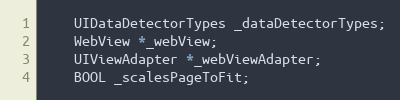
Language: C
    UIDataDetectorTypes _dataDetectorTypes;
    WebView *_webView;
    UIViewAdapter *_webViewAdapter;
    BOOL _scalesPageToFit;